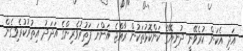
އަދި އެކަން ކުރެވޭނީ ދުނިޔޭގެ ކަންކޮޅުތަކުން ރާއްޖެ އަންނަ ފަތުރުވެރިންގެ އަދަދު އިތުރުކުރެވިގެން